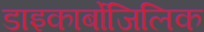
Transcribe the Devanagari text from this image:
डाइकार्बोजिलिक